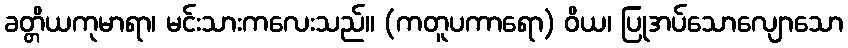
ခတ္တိယကုမာရာ၊ မင်းသားကလေးသည်။ (ကတူပကာရော) ဝိယ၊ ပြုအပ်သောလျောသော